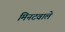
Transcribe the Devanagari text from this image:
मिनटवाले